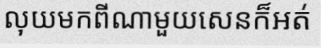
លុយមកពីណាមួយសេនក៏អត់